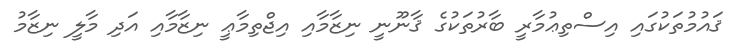
ޤައުމުތަކުގައި އިސްތިޢުމާރީ ބާރުތަކުގެ ޤާނޫނީ ނިޒާމާއި އިޖްތިމާޢީ ނިޒާމާއި އަދި މާލީ ނިޒާމު